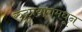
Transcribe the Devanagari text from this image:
रुद्रप्रयागमधून